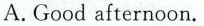
A.Good afternoon.